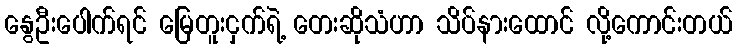
နွေဦးပေါက်ရင် မြေတူးငှက်ရဲ့ တေးဆိုသံဟာ သိပ်နားထောင် လို့ကောင်းတယ်